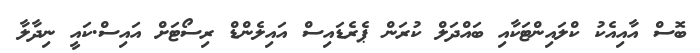
ބޮސް އާއިއެކު ކްލައިންޓަކާއި ބައްދަލް ކުރަން ޕެރެޑައިސް އައިލެންޑް ރިސޯޓަށް އައިސް.ކައީ ނިދާލާ